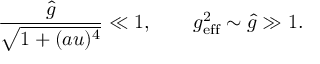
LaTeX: \frac { \hat { g } } { \sqrt { 1 + ( a u ) ^ { 4 } } } \ll 1 , \qquad g _ { \mathrm { e f f } } ^ { 2 } \sim \hat { g } \gg 1 .